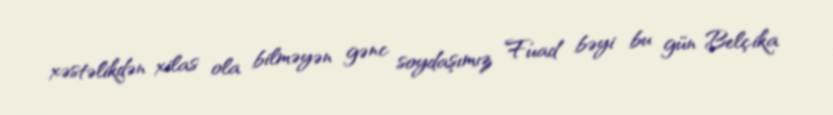
xəstəlikdən xilas ola bilməyən gənc soydaşımız Fuad bəyi bu gün Belçika